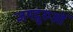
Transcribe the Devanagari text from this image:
जगद्गुरुओं